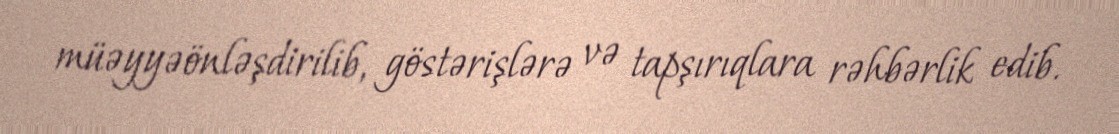
müəyyəönləşdirilib, göstərişlərə və tapşırıqlara rəhbərlik edib.